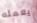
يعمله